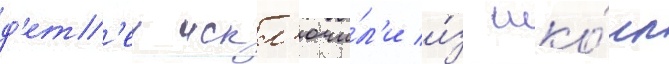
д'ет'еи искл'ючи́л'и и́з шко́лы